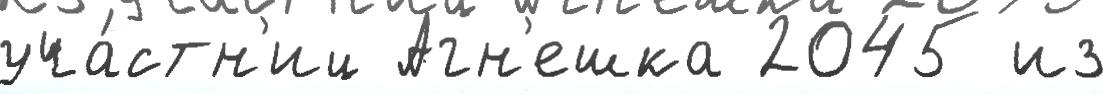
уча́стн'иц Агн'ешка 2045 из